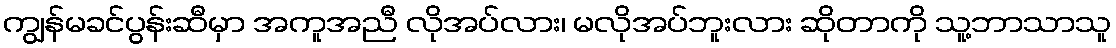
ကျွန်မခင်ပွန်းဆီမှာ အကူအညီ လိုအပ်လား၊ မလိုအပ်ဘူးလား ဆိုတာကို သူ့ဘာသာသူ